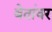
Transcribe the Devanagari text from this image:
बेतांवर